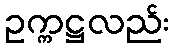
ဥက္ကဋ္ဌလည်း